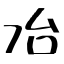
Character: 冶